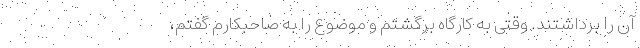
آن را برداشتند. وقتی به کارگاه برگشتم و موضوع را به صاحبکارم گفتم،